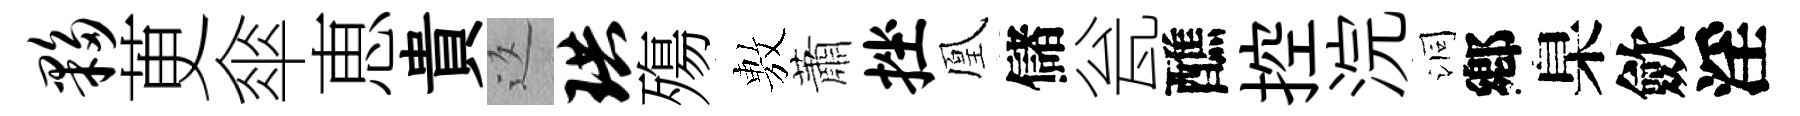
夥茰傘恵貴返珙殤𢾾蕭挫凰儲瓮醮控浣洞鄕臬歛淫